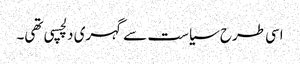
اسی طرح سیاست سے گہری دلچسپی تھی۔